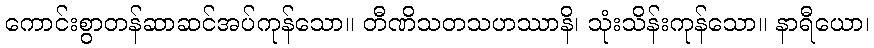
ကောင်းစွာတန်ဆာဆင်အပ်ကုန်သော။ တီဏိသတသဟဿာနိ၊ သုံးသိန်းကုန်သော။ နာရီယော၊